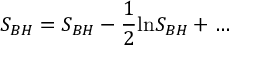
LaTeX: { \cal S } _ { B H } = S _ { B H } - \frac { 1 } { 2 } \mathrm { l n } S _ { B H } + \ldots